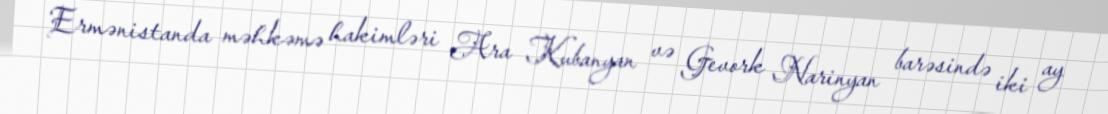
Ermənistanda məhkəmə hakimləri Ara Kubanyan və Gevork Narinyan barəsində iki ay